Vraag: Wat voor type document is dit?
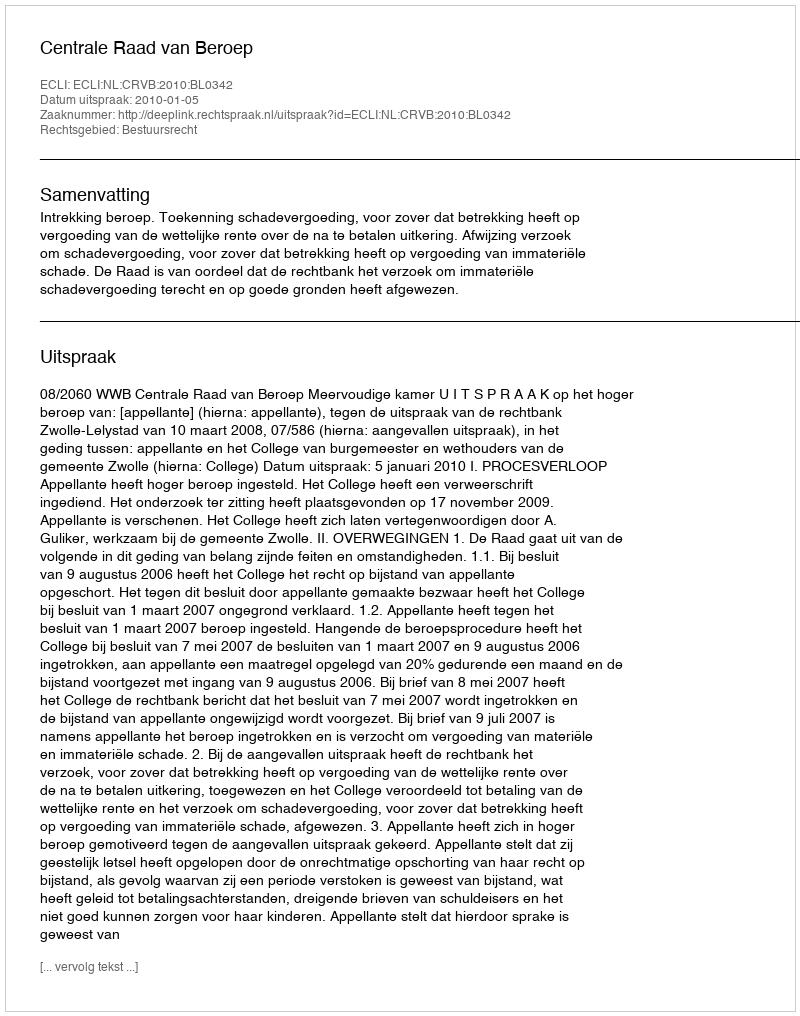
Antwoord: Uitspraak